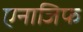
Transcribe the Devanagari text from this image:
एनाजिफ